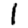
Digit: 1